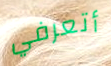
أتعرفي